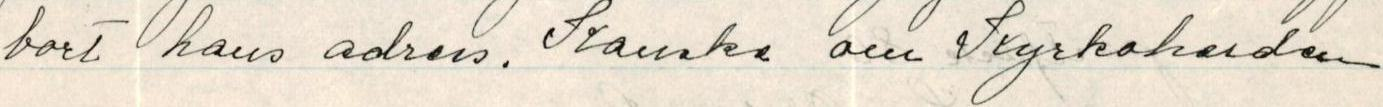
bort hans adress. Kanske om Kyrkaherden